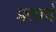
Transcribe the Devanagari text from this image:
प्रसार्य